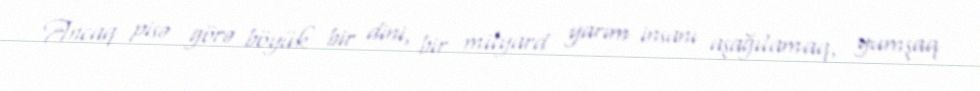
Ancaq pisə görə böyük bir dini, bir milyard yarım insanı aşağılamaq, yumşaq